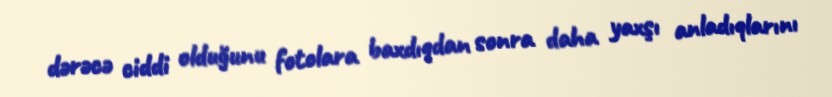
dərəcə ciddi olduğunu fotolara baxdıqdan sonra daha yaxşı anladıqlarını